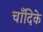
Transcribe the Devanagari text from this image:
चाँदिके